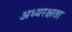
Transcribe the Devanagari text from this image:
अध्यरक्षता